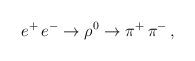
LaTeX: \begin{align*}e^{+}\, e^{-} \rightarrow \rho^{0} \rightarrow\pi^{+}\, \pi^{-} \, ,\end{align*}